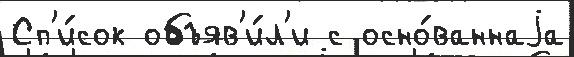
Сп'и́сок объяв'и́л'и с осно́ваннаjа